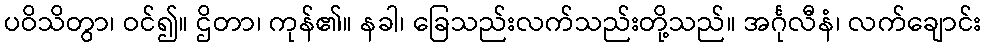
ပဝိသိတွာ၊ ဝင်၍။ ဌိတာ၊ ကုန်၏။ နခါ၊ ခြေသည်းလက်သည်းတို့သည်။ အင်္ဂုလီနံ၊ လက်ချောင်း